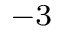
^ { - 3 }